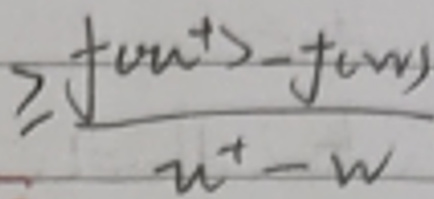
$z\frac{f(u^{+}) - f(w)}{u^{+}-w}$